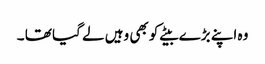
وہ اپنے بڑے بیٹے کو بھی وہیں لے گیا تھا ۔